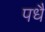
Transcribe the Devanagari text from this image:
पधै